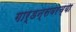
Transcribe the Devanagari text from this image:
गार्डन्सवरच्या